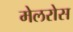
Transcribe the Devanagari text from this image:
मेलरोस